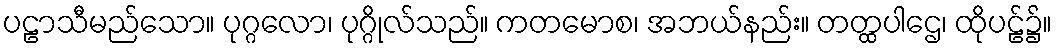
ပဠာသီမည်သော။ ပုဂ္ဂလော၊ ပုဂ္ဂိုလ်သည်။ ကတမောစ၊ အဘယ်နည်း။ တတ္ထပါဌေ၊ ထိုပဠ်၌။